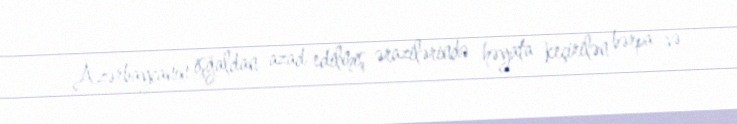
Azərbaycanın işğaldan azad edilmiş ərazilərində həyata keçirilən bərpa və